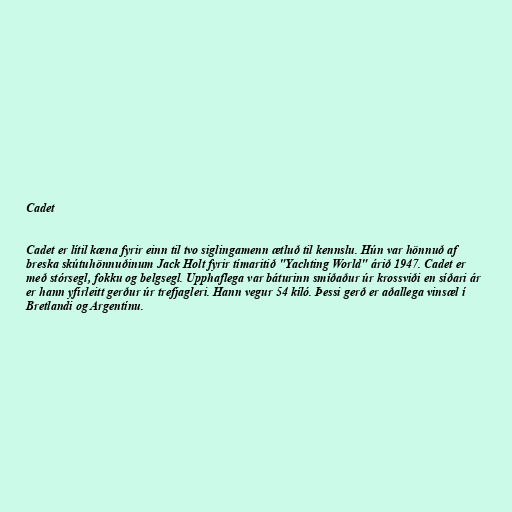
Cadet

Cadet er lítil kæna fyrir einn til tvo siglingamenn ætluð til kennslu. Hún var hönnuð af
breska skútuhönnuðinum Jack Holt fyrir tímaritið "Yachting World" árið 1947. Cadet er
með stórsegl, fokku og belgsegl. Upphaflega var báturinn smíðaður úr krossviði en síðari ár
er hann yfirleitt gerður úr trefjagleri. Hann vegur 54 kíló. Þessi gerð er aðallega vinsæl í
Bretlandi og Argentínu.